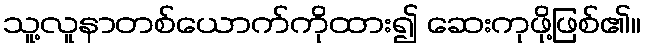
သူ့လူနာတစ်ယောက်ကိုထား၍ ဆေးကုဖို့ဖြစ်၏။